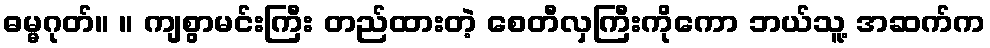
ဓမ္မဂုတ်။ ။ ကျစွာမင်းကြီး တည်ထားတဲ့ စေတီလှကြီးကိုကော ဘယ်သူ့ အဆက်က